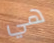
هي